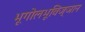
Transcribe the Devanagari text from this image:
भूगोलभूविज्ञान